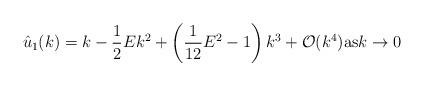
LaTeX: \begin{align*}\hat{u}_1(k) = k -\frac{1}{2} E k^2 + \left( \frac{1}{12} E^2 - 1 \right) k^3 + \mathcal{O}(k^4) \mbox{\rm as} k \to 0\end{align*}